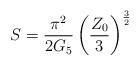
LaTeX: \begin{align*}S=\frac{\pi^2}{2G_5}\left(\frac{Z_{0}}{3}\right)^{\frac{3}{2}}\end{align*}